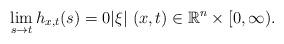
LaTeX: \begin{align*}\lim _{s\to t} h_{x,t}(s) =0 |\xi| \ (x,t) \in \mathbb{R}^n \times [0,\infty).\end{align*}